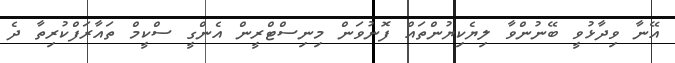
އޭނާ ވިދާޅުވީ ބޭނުންވާ ލިޔެކިޔުންތައް ފޮނުވަން މިނިސްޓްރީން އެންގީ ސްކީމް ތައާރަފްކުރިތާ ދެ